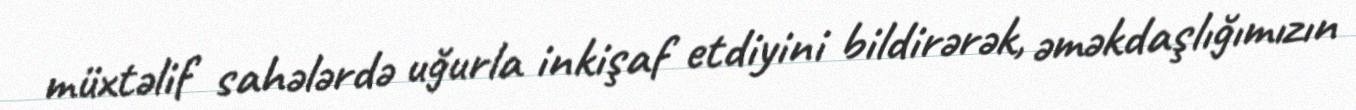
müxtəlif sahələrdə uğurla inkişaf etdiyini bildirərək, əməkdaşlığımızın